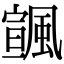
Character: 𩘒